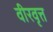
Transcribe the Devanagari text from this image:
वीरवृत्त